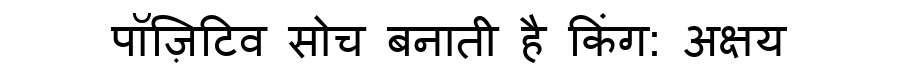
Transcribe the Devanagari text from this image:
पॉज़िटिव सोच बनाती है किंग: अक्षय